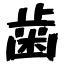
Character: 歯